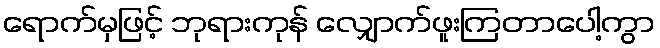
ရောက်မှဖြင့် ဘုရားကုန် လျှောက်ဖူးကြတာပေါ့ကွာ